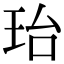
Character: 珆